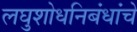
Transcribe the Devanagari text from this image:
लघुशोधनिबंधांचे